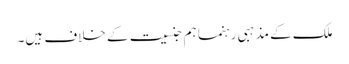
ملک کے مذہبی رہنما ہم جنسیت کے خلاف ہیں۔